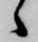
々